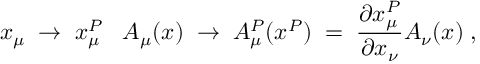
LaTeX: x _ { \mu } \; \to \; x _ { \mu } ^ { P } \; \; \; A _ { \mu } ( x ) \; \to \; A _ { \mu } ^ { P } ( x ^ { P } ) \; = \; \frac { \partial x _ { \mu } ^ { P } } { \partial x _ { \nu } } A _ { \nu } ( x ) \; ,